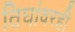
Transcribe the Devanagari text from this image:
तिघांवरही